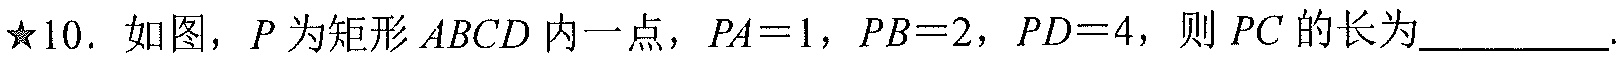
★10. 如图，\(P\)为矩形\(ABCD\)内一点，\(PA = 1\)，\(PB = 2\)，\(PD = 4\)，则\(PC\)的长为  .